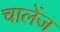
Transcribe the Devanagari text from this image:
चालेंज